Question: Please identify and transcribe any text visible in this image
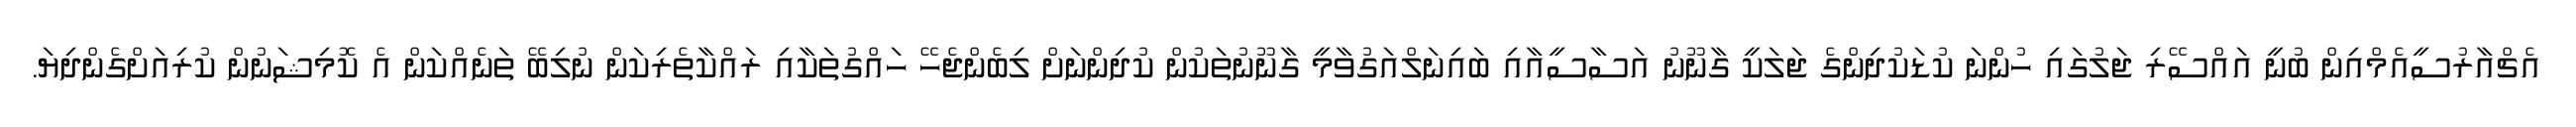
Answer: އެޗްއާރުސީއެމްއިން ބުނީ އައްސޭރި ޖަލުގައި ހުންނަ ކުޑަކުދިންގެ ޖަލަކީ ގާނޫނު އަސާސީއާއި ބައިނަލްއަގުވާމީ ގާނޫނުތަކުން ކުދިންނަށް ލިބެންޖެހޭ ހައްގުތަކާއި ރައްކާތެރިކަން ނުލިބޭ ތަނެއްކަން އެ ކޮމިޝަނުން ކުރިއަށްގެންދިޔަ.